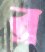
র